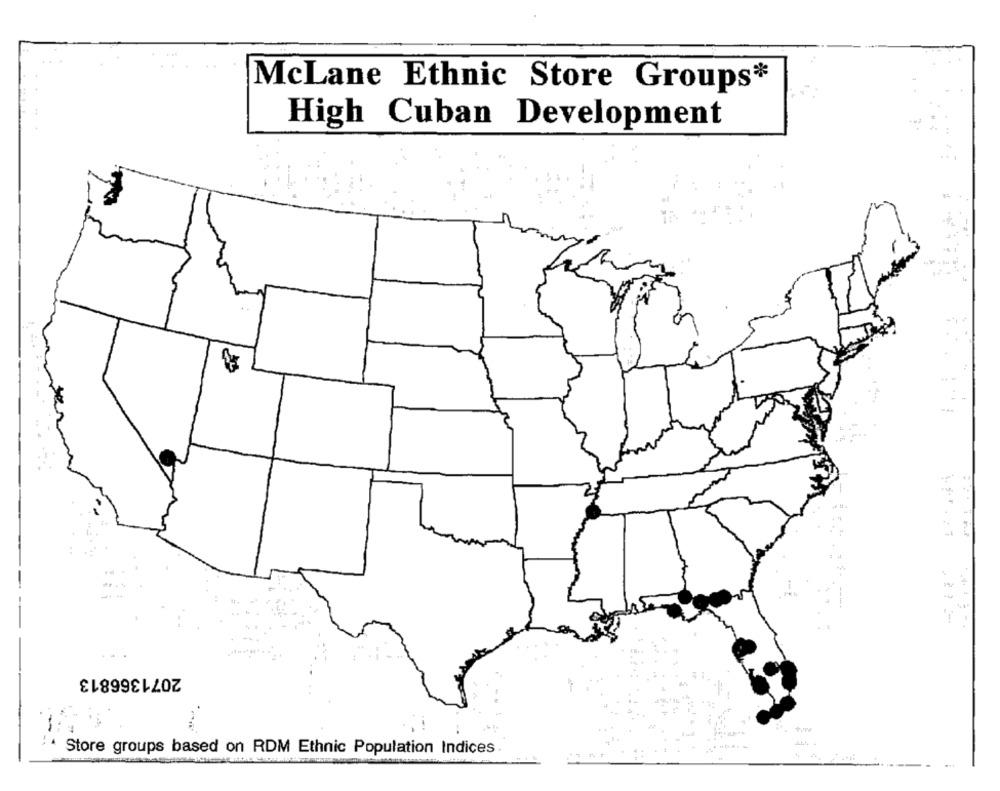
McLane Ethnic Store Groups*
High Cuban Development
: 1
--
2071366813
Store groups based on RDM Ethnic Population Indices